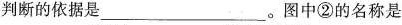
判断的依据是___。图中②的名称是